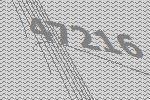
47216